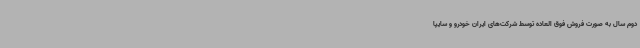
دوم سال به صورت فروش فوق العاده توسط شرکت‌های ایران خودرو و سایپا